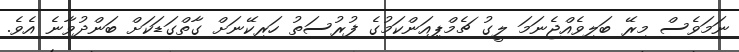
ނަމަވެސް މިރޭ ބަލިވެއްޖެނަމަ ލީގު ޗެމްޕިއަންކަމުގެ ފުރުސަތު ހަރިކޭނަށް ގާތްގަޑަކަށް ބަންދުވާނެ އެވެ.